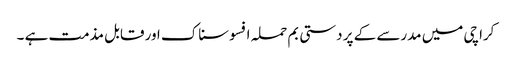
کراچی میں مدرسے کے پر دستی بم حملہ افسوسناک اور قابل مذمت ہے ۔